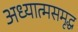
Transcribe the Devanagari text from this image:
अध्यात्मसमृद्ध